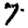
Digit: 7